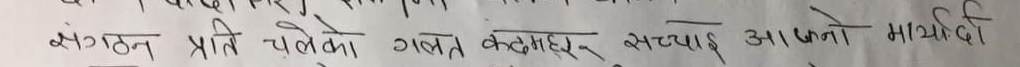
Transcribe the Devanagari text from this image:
संगठन प्रति चलेका गलत कदमहरु सच्याइ आफ्नो माध्यमदी